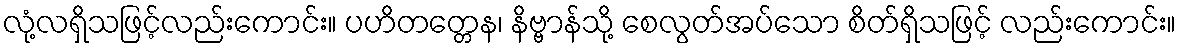
လုံ့လရှိသဖြင့်လည်းကောင်း။ ပဟိတတ္တေန၊ နိဗ္ဗာန်သို့ စေလွတ်အပ်သော စိတ်ရှိသဖြင့် လည်းကောင်း။